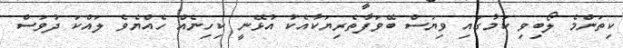
ކިތަންމެ ލޯބިވި ކަމުގައި ވިޔަސް ބޭވަފާތެރިޔަކާއެކު އުޅޭނީ ކިހިނެއް ހެއްޔެވެ ލައްކަ ދުވަސް